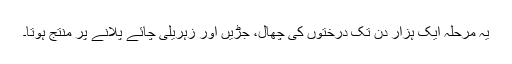
یہ مرحلہ ایک ہزار دن تک درختوں کی چھال، جڑیں اور زہریلی چائے پلانے پر منتج ہوتا۔